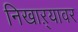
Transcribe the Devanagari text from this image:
निखाऱ्यावर